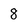
Character: 8